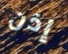
إذن